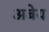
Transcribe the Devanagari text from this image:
अबेय